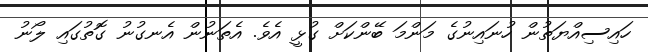
ހައިސިއްޔަތުން ހުނައިނުގެ މަންމަ ބޭންކަށް ގުޅީ އެވެ. އެތަނުން އެނގުނު ގޮތުގައި ލޯނު